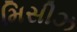
મિસીઝ